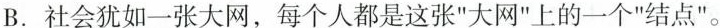
B.社会犹如一张大网，每个人都是这张”大网”上的一个”结点”。